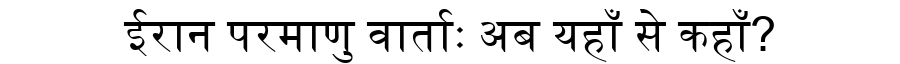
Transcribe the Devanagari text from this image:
ईरान परमाणु वार्ताः अब यहाँ से कहाँ?